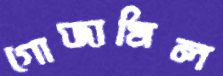
গোজামিল